Report on vaccination North-West Frontier Province 1904-1922 - 1904-1922
Year: 1904
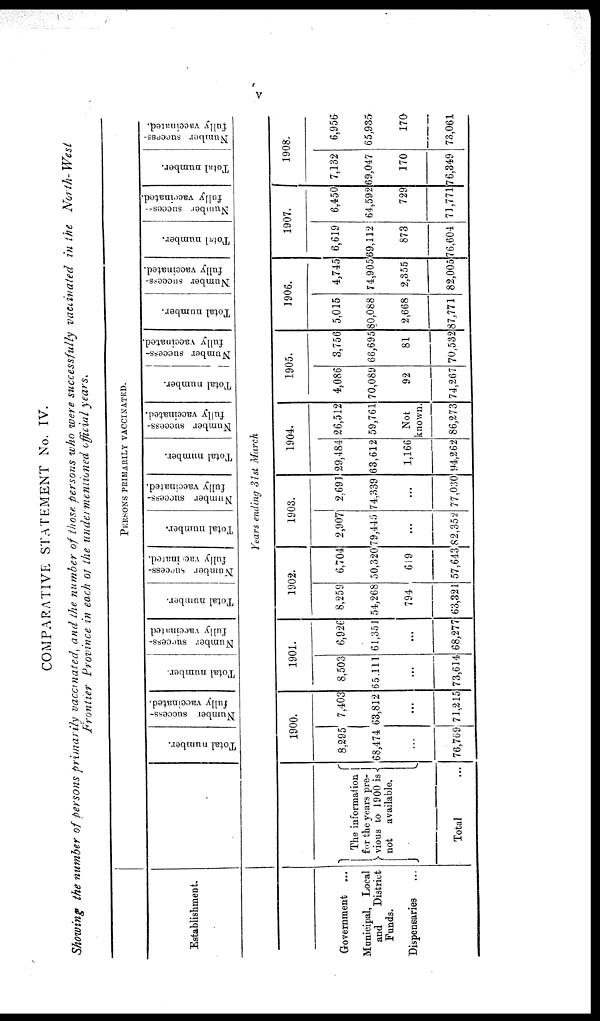
V
COMPARATIVE STATEMENT No. IV.
Showing the number of persons primarily vaccinated, and the number of those persons who were successfully vaccinated in the
North-West
Frontier Province in each of the undermentioned official years.
Establishment.
Government ...
Municipal, Local
and
District
Funds.
Dispensaries ...
PERSONS PRIMARILY VACCINATED.
Total number.
Number success-
fully vaccinated.
Total number.
Number success-
fully vaccinated
Total number.
Number success-
fully vaccinated.
Total number.
Number success-
fully vaccinated.
Total number.
Number success-
fully vaccinated.
Total number.
Number success-
fully vaccinated.
Total number.
Number success-
fully vaccinated.
Total number.
Number success-
fully vaccinated.
Total number.
Number success-
fully vaccinated.
Years ending 31st March
The information
for the years pre-
vious to 1900 is
not available.
Total ...
1900.
8,295
68,474
...
76,769
7,403
63,812
...
71,215
1901.
8,503
65,111
...
73,614
6,926
61,351
...
68,277
1902.
8,259
54,268
794
63,321
6,704
50,320
619
57,643
1903.
2,907
79,445
...
82,352
2,691
74,339
...
77,030
1904.
29,484
63,612
1,166
94,262
26,512
59,761
Not
known.
86,273
1905.
4,086
70,089
92
74,267
3,756
68,695
81
70,532
1906.
5,015
80,088
2,668
87,771
4,745
74,905
2,355
82,005
1907.
6,619
69,112
873
76,604
6,450
64,592
729
71,771
1908.
7,132
69,047
170
76,349
6,956
65,935
170
73,061